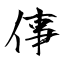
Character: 倳